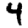
Digit: 4